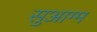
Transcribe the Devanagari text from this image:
सुआग्म